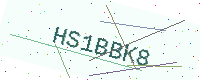
Text: HS1BBK8